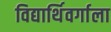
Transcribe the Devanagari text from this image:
विद्यार्थिवर्गाला